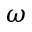
\omega